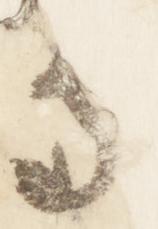
寺